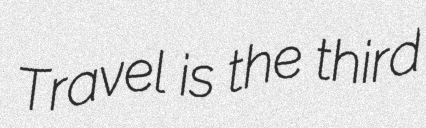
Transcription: Travel is the third